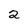
Character: 2